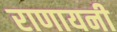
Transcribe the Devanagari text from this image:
राणायनी